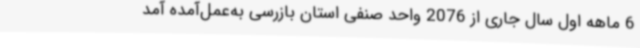
6 ماهه اول سال جاری از 2076 واحد صنفی استان بازرسی به‌عمل‌آمده آمد